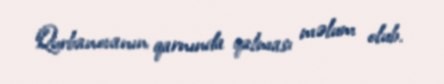
Qurbanovanın qarnında qalması məlum olub.